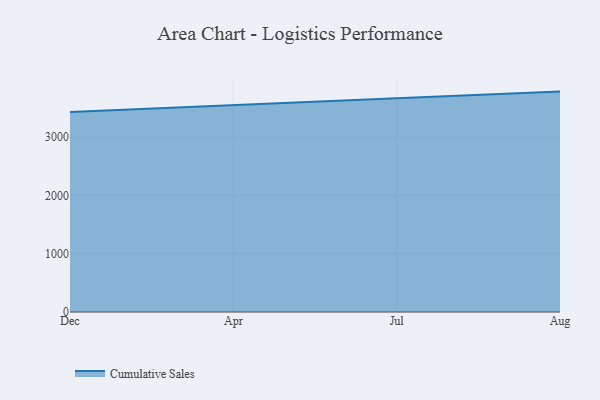
{"axis": {"x": "Month", "y": "Tickets Resolved"}, "legend": ["Cumulative Sales"], "data": [{"x": "Dec", "y": 3434.7, "type": "Cumulative Sales"}, {"x": "Apr", "y": 3555.4, "type": "Cumulative Sales"}, {"x": "Jul", "y": 3667.6, "type": "Cumulative Sales"}, {"x": "Aug", "y": 3783.3, "type": "Cumulative Sales"}]}